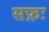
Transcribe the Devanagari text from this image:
सफ़ः